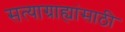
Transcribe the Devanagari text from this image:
सत्याग्राह्यांसाठी